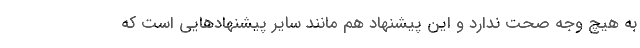
به هیچ وجه صحت ندارد و این پیشنهاد هم مانند سایر پیشنهادهایی است که